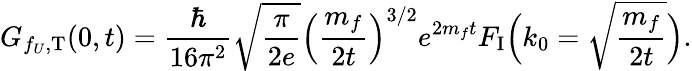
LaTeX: G_{f_{U},\mathrm{T}}(0,t)=\frac{\hbar}{16\pi^{2}}\sqrt{\frac{\pi}{2e}}\Bigl(\frac{m_{f}}{2t}\Bigr)^{3/2}e^{2m_{f}t}F_{\mathrm{I}}\Bigl(k_{0}=\sqrt{\frac{m_{f}}{2t}}\Bigr).